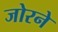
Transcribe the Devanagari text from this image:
जोरने